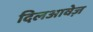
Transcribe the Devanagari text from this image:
दिलआवेज़